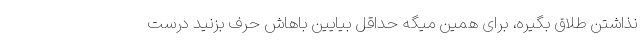
نذاشتن طلاق بگیره، برای همین میگه حداقل بیایین باهاش حرف بزنید درست